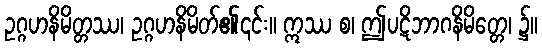
ဥဂ္ဂဟနိမိတ္တဿ၊ ဥဂ္ဂဟနိမိတ်၏၎င်း။ ဣဿ စ၊ ဤပဋိဘာဂနိမိတ္တေ၊ ၌။